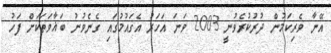
އޭނާ ވެރިކަމުން ދުރުކުރެވުނީ 2003 ވަނަ އަހަރު އެގައުމުގައި ގެނެވުނު ބަޣާވަތަކަށް ފަހު